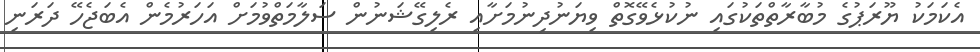
އެކަމަކު ޔޫރަޕުގެ މުބާރާތްތަކުގައި ނުކުޅެވޭގޮތް ވިޔަނުދިނުމަށާއި ރެލިގޭޝަނުން ސަލާމަތްވުމަށް އަހަރުމެން އެބަޖެހޭ ދަރަނި